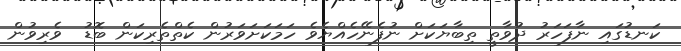
ކަނޑުގައި ނާފަހަރު ދުވާތީ ތިބާޔަކަށް ނުފެނޭހެއްޔެވެ ހަމަކަށަވަރުން ކެތްތެރިކަން ބޮޑު  ވެރިވުން